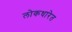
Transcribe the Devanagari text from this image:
लोकधारेत